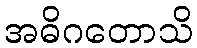
အဓိဂတောသိ